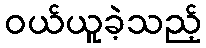
ဝယ်ယူခဲ့သည့်